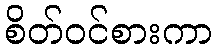
စိတ်ဝင်စားကာ